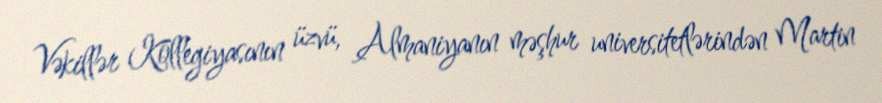
Vəkillər Kollegiyasının üzvü, Almaniyanın məşhur universitetlərindən Martin